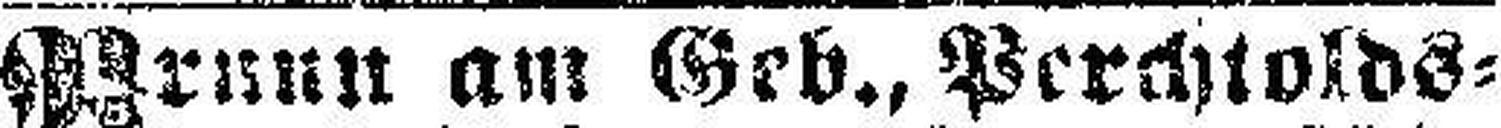
Brunn am Geb., Perchtolds¬